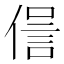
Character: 𠌜